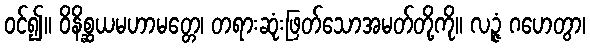
ဝင်၍။ ဝိနိစ္ဆယမဟာမတ္တေ၊ တရားဆုံးဖြတ်သောအမတ်တို့ကို။ လဉ္ဇံ ဂဟေတွာ၊